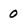
Character: 0